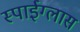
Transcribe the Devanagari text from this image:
स्पाईग्लास